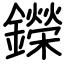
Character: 鑅